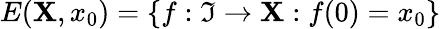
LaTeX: E(\mathbf{X},x_{0})=\{ f:\mathfrak{I}\to\mathbf{X}:f(0)=x_{0}\}